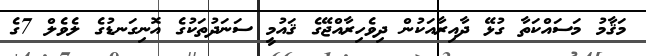
މަޤާމު މަސައްކަތާ ގުޅޭ ދާއިރާއަކުން ދިވެހިރާއްޖޭގެ ޤައުމީ ސަނަދުތަކުގެ އޮނިގަނޑުގެ ލެވެލް 7ގެ